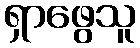
ရှာဖွေသူ